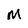
Character: u